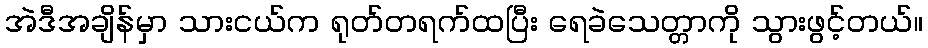
အဲဒီအချိန်မှာ သားငယ်က ရုတ်တရက်ထပြီး ရေခဲသေတ္တာကို သွားဖွင့်တယ်။